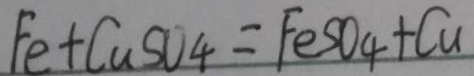
F e + C u S O _ { 4 } = F e S O _ { 4 } + C u